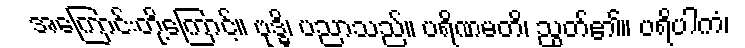
အကြောင်းတို့ကြောင့်။ ဗုဒ္ဓိ၊ ပညာသည်။ ပရိဏမတိ၊ ညွတ်၏။ ပရိပါကံ၊